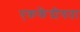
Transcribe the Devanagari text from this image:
एककेंद्रीयता